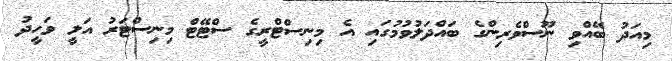
މިއަދު ބޭއްވި ނޫސްވެރިންގެ ބައްދަލުވުމުގައި އެ މިނިސްޓްރީގެ ސްޓޭޓް މިނިސްޓަރު އަލީ ވަހީދު